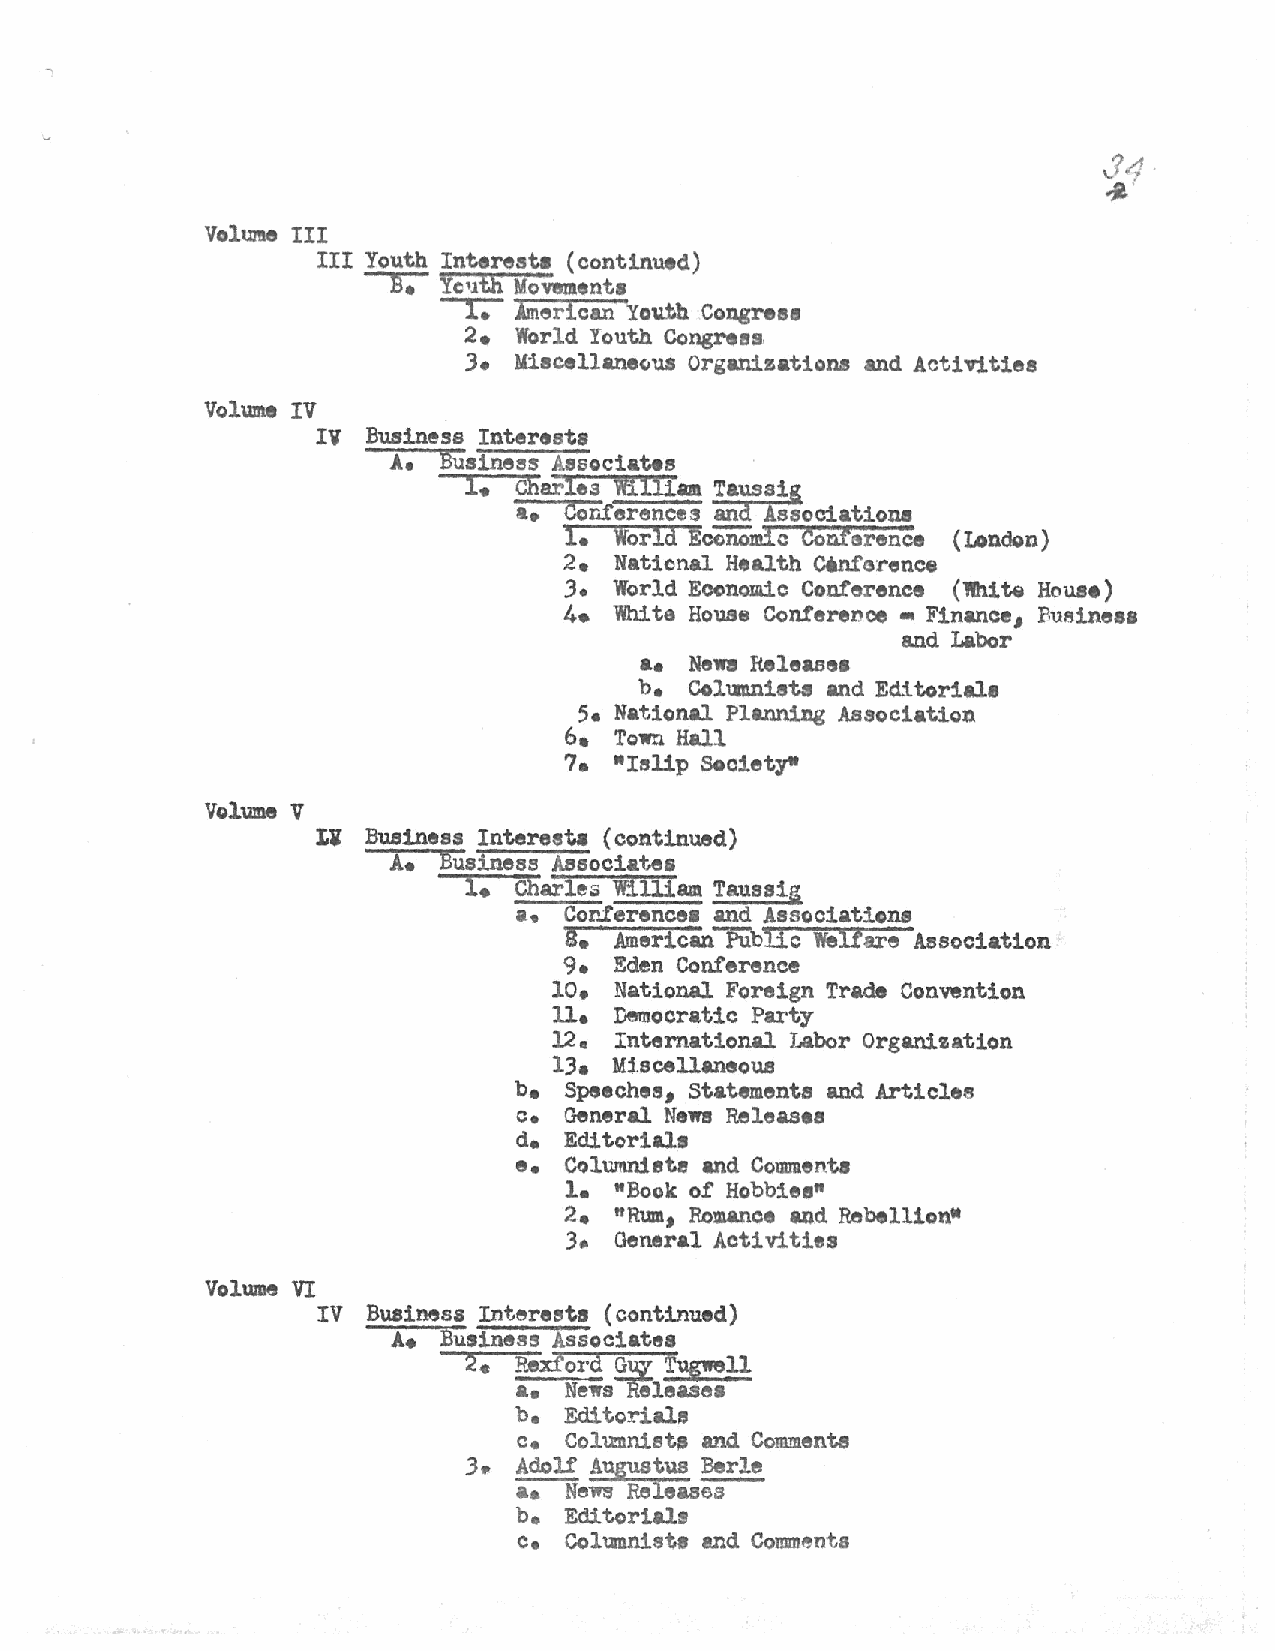
Volume III
 III Youth Interest. (continued)
 B. Yc,lth Mowment•
 -r.
 liiier!can Youth Congress
 2 • World Youth Congress.
 3• Miscellane~us Organizations and Activities
 Volume IV
 IV Business Interests
 A. Business Associates
 1. Charles William Taussig
 &• Coriferences and Associations
 1.  World Ec'OriD"mic conrsrence (London)
 2e  National Health Clnf~rence
 3.  World Economic Conference (llhiw House)
 4.  White House Conference • Finance, Businesa
 and Labor
 ••  NeWB Release•
 be  Col\II!.Iliet-3 and Edit oriala
 5. National Planning Association
 6.  Town Hall
 7 • •Islip Societytt
 Volume V
 li Business Interest. (continued)
 A. Business Associates
 1. Charles William Taussig
 a. Conference• and Associations
 8.  American Public Welfare Association
 9 • Eden Conference
 10.  National Foreign Trade Convention
 11.  Democratic Party
 12 • International I.abor Organization
 13.  M:1.scellaneous
 b• Speeches, Statements and Articles
 c. General Nen Releases
 d. Editorials
 e. Column:! ate and ColiiJD.enta
 1.  "Book of Hobbies"
 "Rum,
 2.       Romance and Rebellion•
 3•  General Activities
 Volume VI
 IV Business Interests (continued)
 A• BUsiness Associates
 turen
 2. F.eXfoi'd ~
 a. News~1easea
 b. Editorials
 c. Co1u:nnists and Comments
 3• Adolf Augustus Berle
 a. News Releases
 b. Editorials
 c. Columnists and Comments